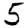
Digit: 5